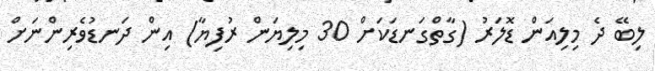
ލިބޭ ދެ މިލިއަން ޑޮލަރު (ގާތްގަނޑަކަށް 30 މިލިޔަން ރުފިޔާ) އިން ދަނޑުވެރިންނަށް